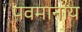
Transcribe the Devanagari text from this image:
पवमानाय